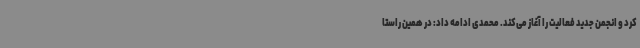
کرد و انجمن جدید فعالیت را آغاز می‌کند. محمدی ادامه داد: در همین راستا